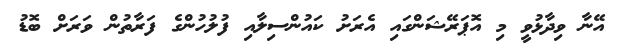
އޭނާ ވިދާޅުވީ މި އޮޕަރޭޝަންގައި އެރަށު ކައުންސިލާއި ފުލުހުންގެ ފަރާތުން ވަރަށް ބޮޑު